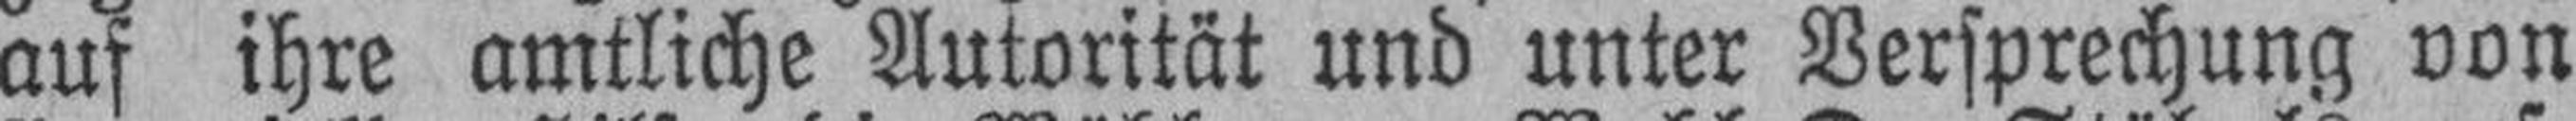
auf ihre amtliche Autorität und unter Versprechung von